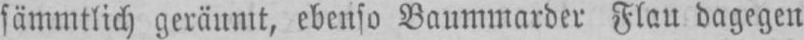
sämmtlich geräumt, ebenso Baummarder Flau dagegen